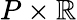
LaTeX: P\times\mathbb{R}